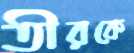
তীরকে